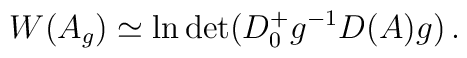
W(A_g)\simeq \ln \det (D_0^+ g^{-1}D(A)g)\,.